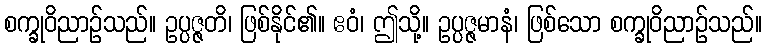
စက္ခုဝိညာဉ်သည်။ ဥပ္ပဇ္ဇတိ၊ ဖြစ်နိုင်၏။ ဧဝံ၊ ဤသို့။ ဥပ္ပဇ္ဇမာနံ၊ ဖြစ်သော စက္ခုဝိညာဉ်သည်။